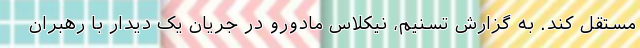
مستقل کند. به گزارش تسنیم، نیکلاس مادورو در جریان یک دیدار با رهبران